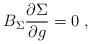
LaTeX: \begin{align*}B_\Sigma \frac{\partial \Sigma }{\partial g}=0\;, \end{align*}